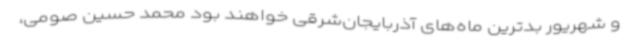
و شهریور بدترین ماه‌های آذربایجان‌شرقی خواهند بود محمد حسین صومی،